Lunatic asylums in Bengal annual reports 1912-1924 - 1912-1924
Year: 1912
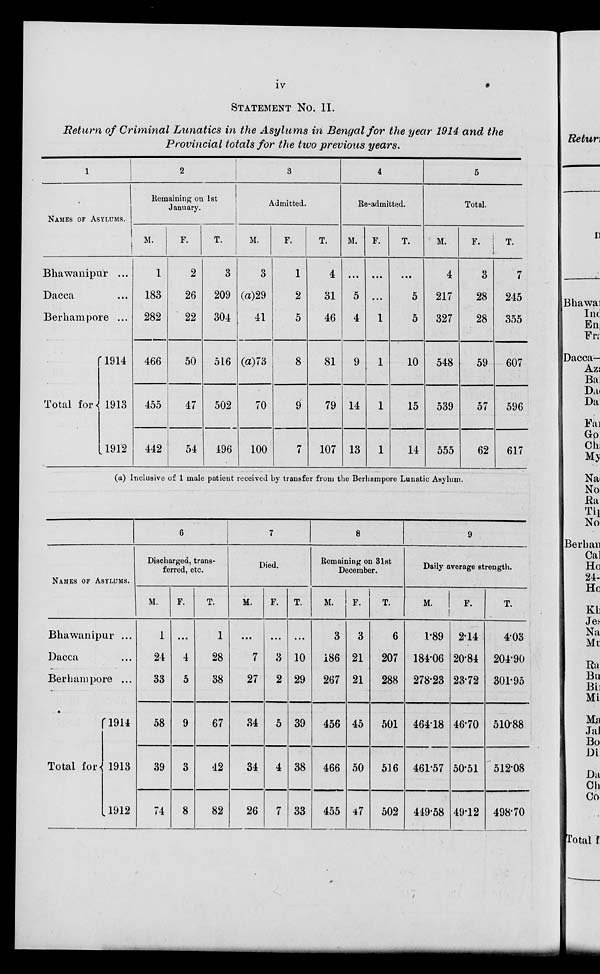
iv
STATEMENT NO. II.
Return of Criminal Lunatics in the Asylums in Bengal for the year 1914 and the
Provincial totals for the two previous years.
1
NAMES OF ASYLUMS.
Bhawanipur ...
Dacca ...
Berhampore ...
Total for
1914 ...
1913 ...
1912 ...
2
Remaining on 1st
January.
M.
1
183
282
466
455
442
F.
2
26
22
50
47
54
T.
3
209
304
516
502
496
3
Admitted.
M.
3
(a)29
41
(a) 73
70
100
F.
1
2
5
8
9
7
T.
4
31
46
81
79
107
4
Re-admitted.
M.
...
5
4
9
14
13
F.
...
...
1
1
1
1
T.
...
5
5
10
15
14
5
Total.
M.
4
217
327
548
539
555
F.
3
28
28
59
57
62
T.
7
245
355
607
596
617
(a) Inclusive of 1 male patient received by transfer from the Berhampore Lunatic Asylum.
NAMES OF ASYLUMS.
Bhawanipur ...
Dacca ...
Berhampore ...
Total for
1914 ...
1913 ...
1912 ...
6
Discharged, trans-
ferred, etc.
M.
1
24
33
58
39
74
F.
...
4
5
9
3
8
T.
1
28
38
67
42
82
7
Died.
M.
...
7
27
34
34
26
F.
...
3
2
5
4
7
T.
...
10
29
39
38
33
8
Remaining on 31st
December.
M.
3
186
267
456
466
455
F.
3
21
21
45
50
47
T.
6
207
288
501
516
502
9
Daily average strength.
M.
1.89
184.06
278.23
464.18
461.57
449.58
F.
2.14
20.84
23.72
46.70
50.51
49.12
T.
4.03
204.90
301.95
510.88
512.08
498.70